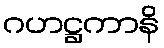
ဂဟဋ္ဌကာနိ